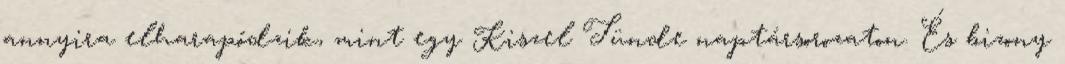
annyira elharapódzik, mint egy Kiszel Tünde naptársorozaton. És bizony